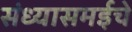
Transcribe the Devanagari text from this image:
संध्यासमईचे